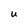
Character: U